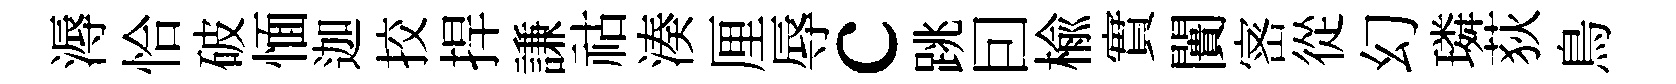
溽恰破愐迦挍捍謙祜湊厘辱c跳囙榆實闠宻從幻璘荻鳥